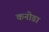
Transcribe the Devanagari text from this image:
कनोडा